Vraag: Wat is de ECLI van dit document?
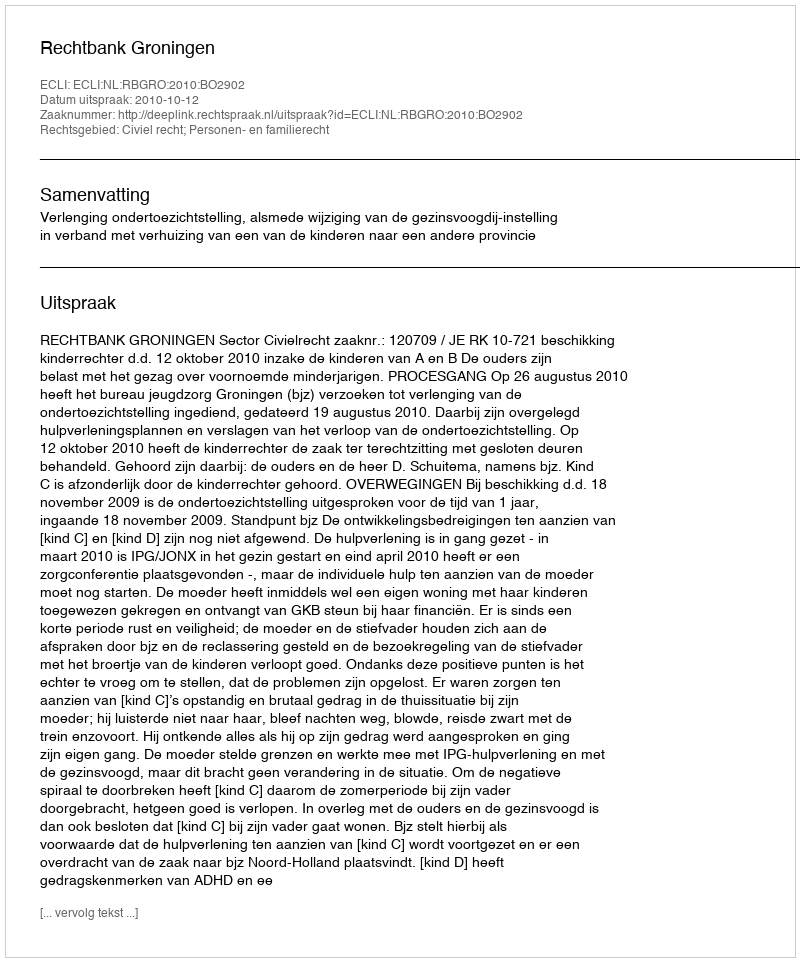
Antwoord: ECLI:NL:RBGRO:2010:BO2902